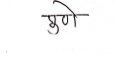
मजकूर: पुणे